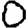
Digit: 0